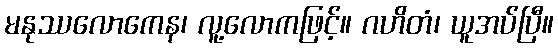
မနုဿလောကေန၊ လူ့လောကဖြင့်။ ဂဟိတံ၊ ယူအပ်ပြီ။